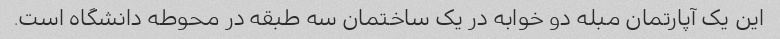
این یک آپارتمان مبله دو خوابه در یک ساختمان سه طبقه در محوطه دانشگاه است.